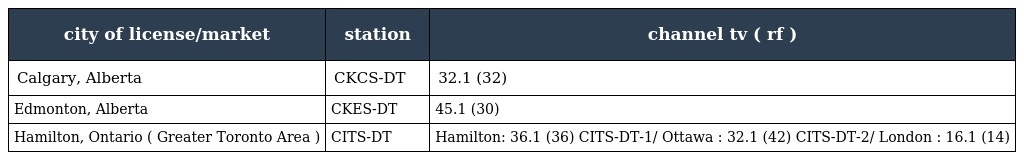
| city of license/market | station | channel tv ( rf ) |
 | --- | --- | --- |
 | Calgary, Alberta | CKCS-DT | 32.1 (32) |
 | Edmonton, Alberta | CKES-DT | 45.1 (30) |
 | Hamilton, Ontario ( Greater Toronto Area ) | CITS-DT | Hamilton: 36.1 (36) CITS-DT-1/ Ottawa : 32.1 (42) CITS-DT-2/ London : 16.1 (14) |